Annual report of the Prince of Wales Medical College, Patna
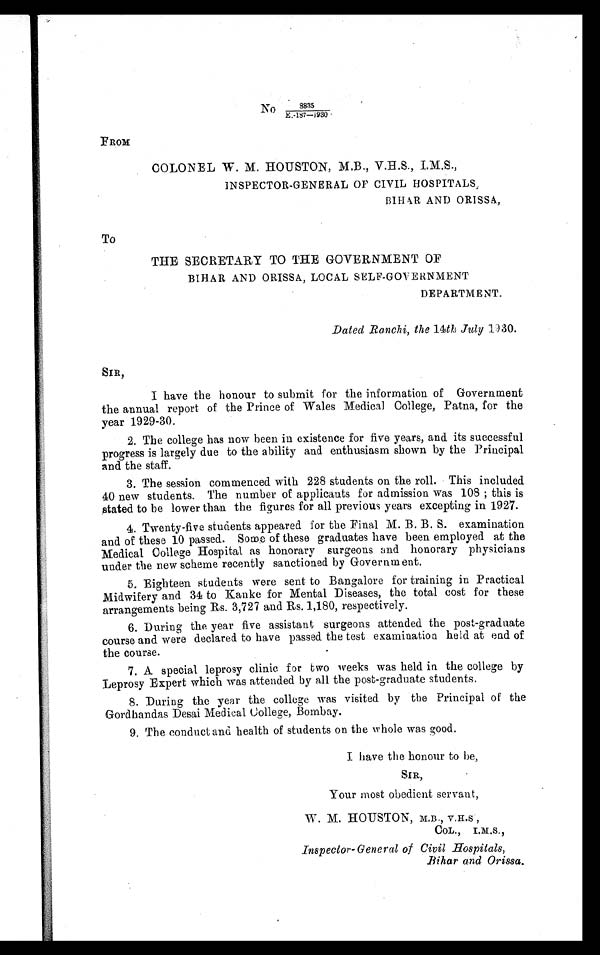
No
8835
E.-187—1930
FROM
COLONEL W. M. HOUSTON, M.B., V.H.S., I.M.S.,
INSPECTOR-GENERAL OF CIVIL HOSPITALS,
BIHAR AND ORISSA,
To
THE SECRETARY TO THE GOVERNMENT OF
BIHAR AND ORISSA, LOCAL SELF-GOVERNMENT
DEPARTMENT.
Dated Ranchi, the 14th July 1930.
SIR,
I have the honour to submit for the information of Government
the annual report of the Prince of Wales Medical College, Patna, for the
year 1929-30.
2. The college has now been in existence for five years, and its successful
progress is largely due to the ability and enthusiasm shown by the Principal
and the staff.
3. The session commenced with 228 students on the roll. This included
40 new students. The number of applicants for admission was 108 ; this is
stated to be lower than the figures for all previous years excepting in 1927
.
4. Twenty-five students appeared for the Final M. B. B. S. examination
and of these 10 passed. Some of these graduates have been employed at the
Medical College Hospital as honorary surgeons and honorary physicians
under the new scheme recently sanctioned by Government
.
5. Eighteen students were sent to Bangalore for training in Practical
Midwifery and 34 to Kanke for Mental Diseases, the total cost for these
arrangements being Rs. 3,727 and Rs. 1,180, respectively.
6. During the year five assistant surgeons attended the post-graduate
course and were declared to have passed the test examination held at end of
the course.
7. A special leprosy clinic for two weeks was held in the college by
Leprosy Expert which was attended by all the post-graduate students.
8. During the year the college was visited by the Principal of the
Gordhandas Desai Medical College, Bombay.
9. The conduct and health of students on the whole was good.
I have the honour to be,
SIR,
Your most obedient servant,
W. M. HOUSTON, M.B., V.H.S ,
COL., I.M.S.,
Inspector- General of Civil Hospitals,
Bihar and Orissa.